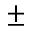
\pm